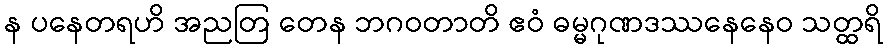
န ပနေတရဟိ အညတြ တေန ဘဂဝတာတိ ဧဝံ ဓမ္မဂုဏဒဿနေနေဝ သတ္ထရိ